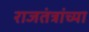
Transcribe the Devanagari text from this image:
राजतंत्रांच्या